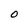
Character: O